Vaccination United Provinces of Agra and Oudh 1902-1913 - 1902-1913
Year: 1902
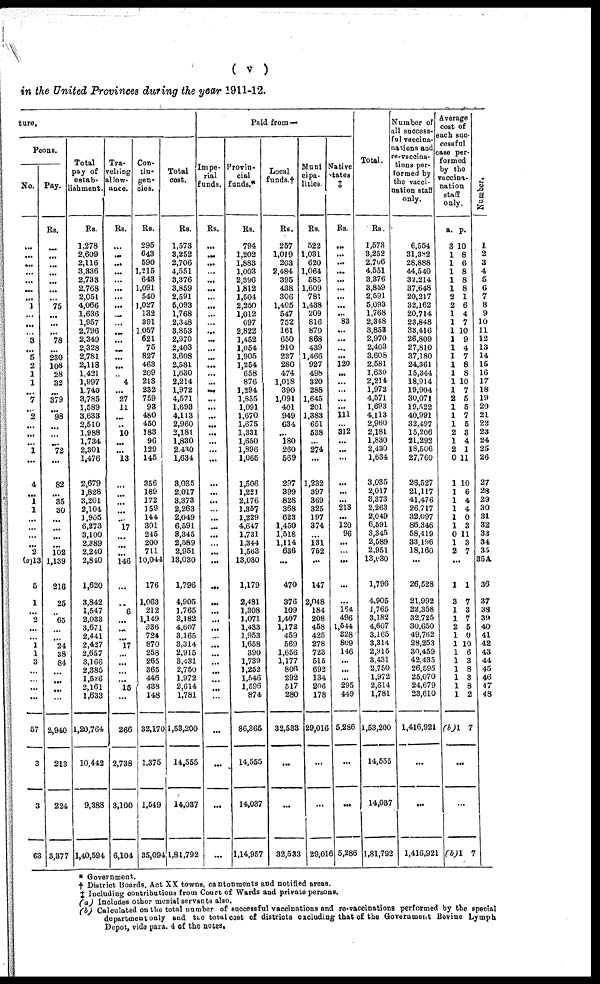
( v )
in the United Provinces during the year 1911-12.
ture.
Peons.
No.
...
...
...
...
...
...
1
...
...
...
3
...
5
2
1
1
...
7
...
2
...
...
...
1
...
4
...
1
1
...
...
...
...
2
(a)13
5
1
...
2
...
...
1
1
3
...
...
57
3
3
63
Pay.
Rs.
...
...
...
...
...
75
...
...
...
78
...
230
108
28
32
...
379
98
...
72
...
82
35
30
...
...
102
1,139
216
25
65
24
38
84
...
2,940
213
224
3,377
Total
pay of
estab¬
lishment.
Rs.
1,278
2,609
2,116
3,336
2,733
2,768
2,051
4,066
1,636
1,957
2,796
2,349
2,328
2,781
2,118
1,421
1,997
1,740
3,785
1,589
3,633
2,510
1,988
1,734
2,301
1,476
2,679
1,828
3,201
2,104
1,905
6,273
3,100
2,389
2,240
2,840
1,620
3,842
1,547
2,033
3,671
2,441
2,427
2,657
3,166
2,385
1,526
2,161
1,633
1,20,764
10,442
9,388
1,40,594
Tra-
velling
allow-
ance.
Rs.
...
...
...
...
...
...
...
...
...
...
...
...
...
...
...
4
...
27
11
...
...
10
...
...
13
...
...
...
17
146
...
6
...
...
17
...
...
...
15
...
266
2,738
3,100
6,104
Con-
tin¬
gen¬
cies.
Rs.
295
643
590
1,215
643
1,091
540
1,027
132
391
1,057
621
75
827
463
209
213
232
759
93
480
450
183
96
129
145
356
189
172
159
144
301
245
200
711
10,044
176
1,063
212
1,149
936
724
870
258
265
365
446
438
148
32,170
1,375
1,549
35,094
Total
cost.
Rs.
1,573
3,252
2,706
4,551
3,376
3,859
2,591
5,093
1,768
2,348
3,853
2,970
2,403
3,608
2,581
1,630
2,214
1,972
4,571
1,693
4,113
2,960
2,181
1,830
2,430
1,634
3,035
2,017
3,373
2,263
2,049
6,591
3,345
2,589
2,951
13,030
1,796
4,905
1,765
3,182
4,607
3,165
3,314
2,915
3,431
2,750
1,972
2,614
1,781
1,53,200
14,555
14,037
1,81,792
Paid from —
Impe-
rial
funds.
Rs.
...
...
...
...
...
...
...
...
...
...
...
...
...
...
...
...
...
...
...
...
...
...
...
...
...
...
...
...
...
...
...
...
...
...
...
...
...
...
...
...
...
...
...
...
...
...
...
...
...
Provin-
cial
funds.*
Rs.
794
1,202
1,883
1,003
2,396
1,812
1,504
2,250
1,012
697
2,822
1,452
1,054
1,905
1,254
658
876
1,294
1,835
1,091
1,670
1,675
1,331
1,650
1,896
1,065
1,506
1,221
2,176
1,357
1,229
4,647
1,731
1,344
1,563
13,030
1,179
2,481
1,308
1,071
1,433
1,953
1,658
390
1,739
1,252
1,546
1,596
874
86,365
14,555
14,037
1,14,957
Local
funds.†
Rs.
257
1,019
203
2,484
395
438
306
1,405
547
752
161
650
910
237
280
474
1,018
390
1,091
401
949
634
...
180
260
569
297
399
828
368
623
1,450
1,518
1,114
636
...
470
376
109
1,407
1,172
459
569
1,656
1,177
806
292
517
280
32,533
...
...
32,533
Muni
cipa¬
lities.
Rs.
522
1,031
620
1,064
585
1,609
781
1,438
209
816
870
868
439
1,466
927
498
320
288
1,645
201
1,383
651
538
...
274
...
1,232
397
369
325
197
374
...
131
752
...
147
2,048
184
208
458
425
278
723
515
692
134
206
178
29,016
...
...
29,016
Native
states
‡
Rs.
...
...
...
...
...
...
...
...
...
83
...
...
...
...
120
...
...
...
...
...
111
...
312
...
...
...
...
...
213
...
120
96
...
...
...
...
164
496
1,544
328
809
146
...
...
...
295
449
5,286
...
...
5,286
Total.
Rs.
1,573
3,252
2,706
4,551
3,376
3,859
2,591
5,093
1,768
2,348
3,853
2,970
2,403
3,608
2,581
1,630
2,214
1,972
4,571
1,693
4,113
2,960
2,181
1,830
2,430
1,634
3,035
2,017
3,373
2,263
2,049
6,591
3,345
2,589
2,951
13,030
1,796
4,905
1,765
3,182
4,607
3,165
3,314
2,915
3,431
2,750
1,972
2,614
1,781
1,53,200
14,555
14,037
1,81,792
Number of
all success¬
ful vaccina¬
nations and
re-vaccina-
tions per-
formed by
the vacci-
nation staff
only.
6,554
31,382
28,888
44,540
32,214
37,648
20,217
32,162
20,714
23,848
33,416
26,809
27,810
37,180
24,361
15,344
18,914
19,904
30,071
19,522
40,991
32,497
15,206
21,292
18,506
27,760
26,527
21,117
41,476
26,717
32,097
86,346
58,419
33,196
18,160
...
26,528
21,992
22,358
32,725
30,650
49,762
28,253
30,459
42,435
26,595
25,070
24,679
23,610
1,416,921
...
...
1,416,921
Average
cost of
each suc-
cessful
case per-
formed
by the
vaccina¬
nation
staff
only.
a.
3
1
1
1
1
1
2
2
1
1
1
1
1
1
1
1
1
1
2
1
1
1
2
1
2
0
1
1
1
1
1
1
0
1
2
p.
10
8
6
8
8
8
1
6
4
7
10
9
4
7
8
8
10
7
5
5
7
5
3
4
1
11
10
6
4
4
0
3
11
3
7
...
1
3
1
1
2
1
1
1
1
1
1
1
1
(b)1
1
7
3
7
5
0
10
6
3
8
3
8
2
7
...
...
(b)1 7
Number.
1
2
3
4
5
6
7
8
9
10
11
12
13
14
15
16
17
18
19
20
21
22
23
24
25
26
27
28
29
30
31
32
33
34
35
35A
36
37
38
39
40
41
42
43
44
45
46
47
48
* Government.
† District Boards, Act XX towns, cantonments and notified areas.
‡ Including contributions from Court of Wards and private persons.
(a) Includes other menial servants also.
(b) Calculated on the total number of successful vaccinations and re-vaccinations performed by the special
department only and the total cost of districts excluding that of the Government Bovine Lymph
Depot, vide para. 4 of the notes.